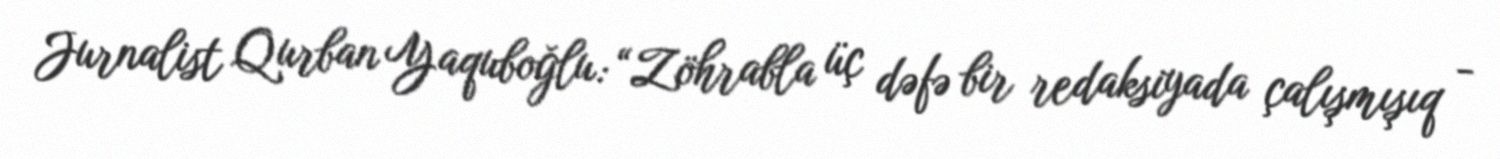
Jurnalist Qurban Yaquboğlu: “Zöhrabla üç dəfə bir redaksiyada çalışmışıq -